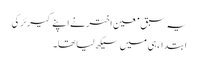
یہ سبق معین اختر نے اپنے کیرئر کی
ابتداء ہی میں سیکھ لیا تھا۔